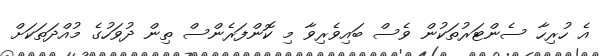
އެ ހުރިހާ ސެންޓަރުތަކުން ވެސް ބައިވެރިވާ މި ކޮންފަރެންސް ތިން ދުވަހުގެ މުއްދަތަކަށް